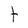
Character: t